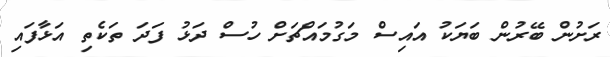
ރަށުން ބޭރުން ބަޔަކު އައިސް މަގުމައްޗަށް ހުސް ދަޅު ފަދަ ތަކެތި އަޅާފައި